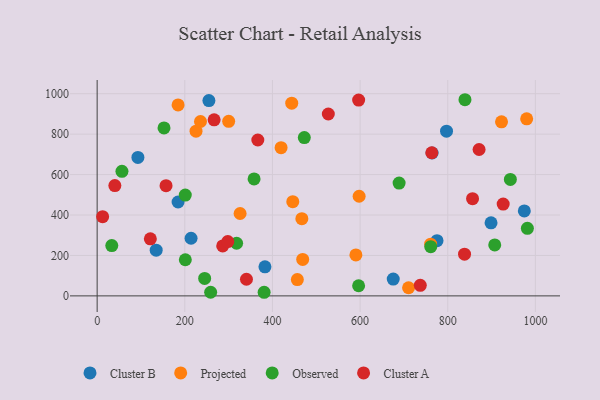
{"axis": {"x": "Distance", "y": "Sales"}, "legend": ["Cluster A", "Cluster B", "Observed", "Projected"], "data": [{"x": "764.3", "y": 706.6, "type": "Cluster B"}, {"x": "255.0", "y": 965.8, "type": "Cluster B"}, {"x": "184.7", "y": 464.4, "type": "Cluster B"}, {"x": "93.0", "y": 684.6, "type": "Cluster B"}, {"x": "214.3", "y": 285.1, "type": "Cluster B"}, {"x": "134.7", "y": 226.2, "type": "Cluster B"}, {"x": "797.2", "y": 814.8, "type": "Cluster B"}, {"x": "382.9", "y": 143.7, "type": "Cluster B"}, {"x": "898.8", "y": 361.5, "type": "Cluster B"}, {"x": "775.5", "y": 272.9, "type": "Cluster B"}, {"x": "974.7", "y": 420.1, "type": "Cluster B"}, {"x": "675.6", "y": 83.2, "type": "Cluster B"}, {"x": "326.2", "y": 407.6, "type": "Projected"}, {"x": "469.0", "y": 180.4, "type": "Projected"}, {"x": "446.4", "y": 465.8, "type": "Projected"}, {"x": "225.6", "y": 814.8, "type": "Projected"}, {"x": "761.0", "y": 255.8, "type": "Projected"}, {"x": "184.7", "y": 944.6, "type": "Projected"}, {"x": "300.1", "y": 863.6, "type": "Projected"}, {"x": "419.7", "y": 732.9, "type": "Projected"}, {"x": "456.8", "y": 80.7, "type": "Projected"}, {"x": "444.0", "y": 953.2, "type": "Projected"}, {"x": "597.8", "y": 492.7, "type": "Projected"}, {"x": "235.8", "y": 862.4, "type": "Projected"}, {"x": "710.6", "y": 40.4, "type": "Projected"}, {"x": "590.4", "y": 202.8, "type": "Projected"}, {"x": "467.1", "y": 381.7, "type": "Projected"}, {"x": "922.7", "y": 860.7, "type": "Projected"}, {"x": "980.1", "y": 875.5, "type": "Projected"}, {"x": "318.2", "y": 260.3, "type": "Observed"}, {"x": "981.7", "y": 334.2, "type": "Observed"}, {"x": "596.6", "y": 50.1, "type": "Observed"}, {"x": "689.0", "y": 558.0, "type": "Observed"}, {"x": "472.7", "y": 782.9, "type": "Observed"}, {"x": "152.6", "y": 830.6, "type": "Observed"}, {"x": "381.0", "y": 17.9, "type": "Observed"}, {"x": "245.3", "y": 86.3, "type": "Observed"}, {"x": "942.9", "y": 576.0, "type": "Observed"}, {"x": "761.2", "y": 243.4, "type": "Observed"}, {"x": "358.1", "y": 578.6, "type": "Observed"}, {"x": "201.2", "y": 178.8, "type": "Observed"}, {"x": "907.2", "y": 252.3, "type": "Observed"}, {"x": "33.4", "y": 248.7, "type": "Observed"}, {"x": "839.3", "y": 970.2, "type": "Observed"}, {"x": "259.0", "y": 18.1, "type": "Observed"}, {"x": "201.1", "y": 498.4, "type": "Observed"}, {"x": "56.6", "y": 616.0, "type": "Observed"}, {"x": "12.5", "y": 391.7, "type": "Cluster A"}, {"x": "871.5", "y": 724.1, "type": "Cluster A"}, {"x": "157.2", "y": 545.3, "type": "Cluster A"}, {"x": "763.6", "y": 708.0, "type": "Cluster A"}, {"x": "926.5", "y": 454.3, "type": "Cluster A"}, {"x": "596.7", "y": 968.6, "type": "Cluster A"}, {"x": "366.6", "y": 771.1, "type": "Cluster A"}, {"x": "286.5", "y": 247.0, "type": "Cluster A"}, {"x": "266.9", "y": 870.6, "type": "Cluster A"}, {"x": "856.6", "y": 480.7, "type": "Cluster A"}, {"x": "298.1", "y": 268.6, "type": "Cluster A"}, {"x": "838.3", "y": 206.2, "type": "Cluster A"}, {"x": "121.4", "y": 282.1, "type": "Cluster A"}, {"x": "40.4", "y": 545.5, "type": "Cluster A"}, {"x": "340.7", "y": 82.2, "type": "Cluster A"}, {"x": "527.5", "y": 899.6, "type": "Cluster A"}, {"x": "737.3", "y": 52.2, "type": "Cluster A"}]}